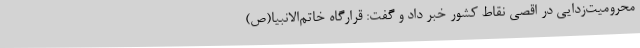
محرومیت‌زدایی در اقصی نقاط کشور خبر داد و گفت: قرارگاه خاتم‌الانبیا(ص)